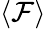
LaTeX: \langle\mathcal F\rangle